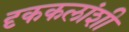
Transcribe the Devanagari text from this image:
दृककलांशी